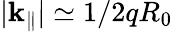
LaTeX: \lvert\mathbf{k}_{\parallel}\rvert\simeq1/2qR_{0}